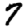
Digit: 7